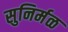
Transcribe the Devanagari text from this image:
सुनिर्मळ